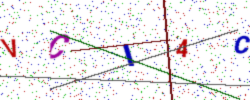
Text: VCI4C